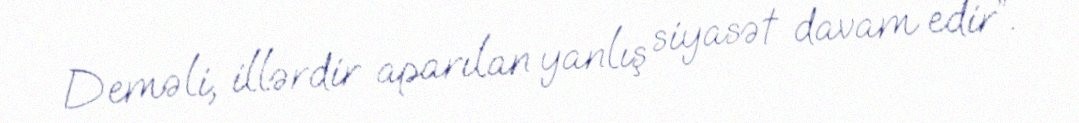
Deməli, illərdir aparılan yanlış siyasət davam edir”.